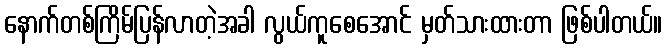
နောက်တစ်ကြိမ်ပြန်လာတဲ့အခါ လွယ်ကူစေအောင် မှတ်သားထားတာ ဖြစ်ပါတယ်။